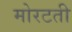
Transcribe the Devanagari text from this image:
मोरटती